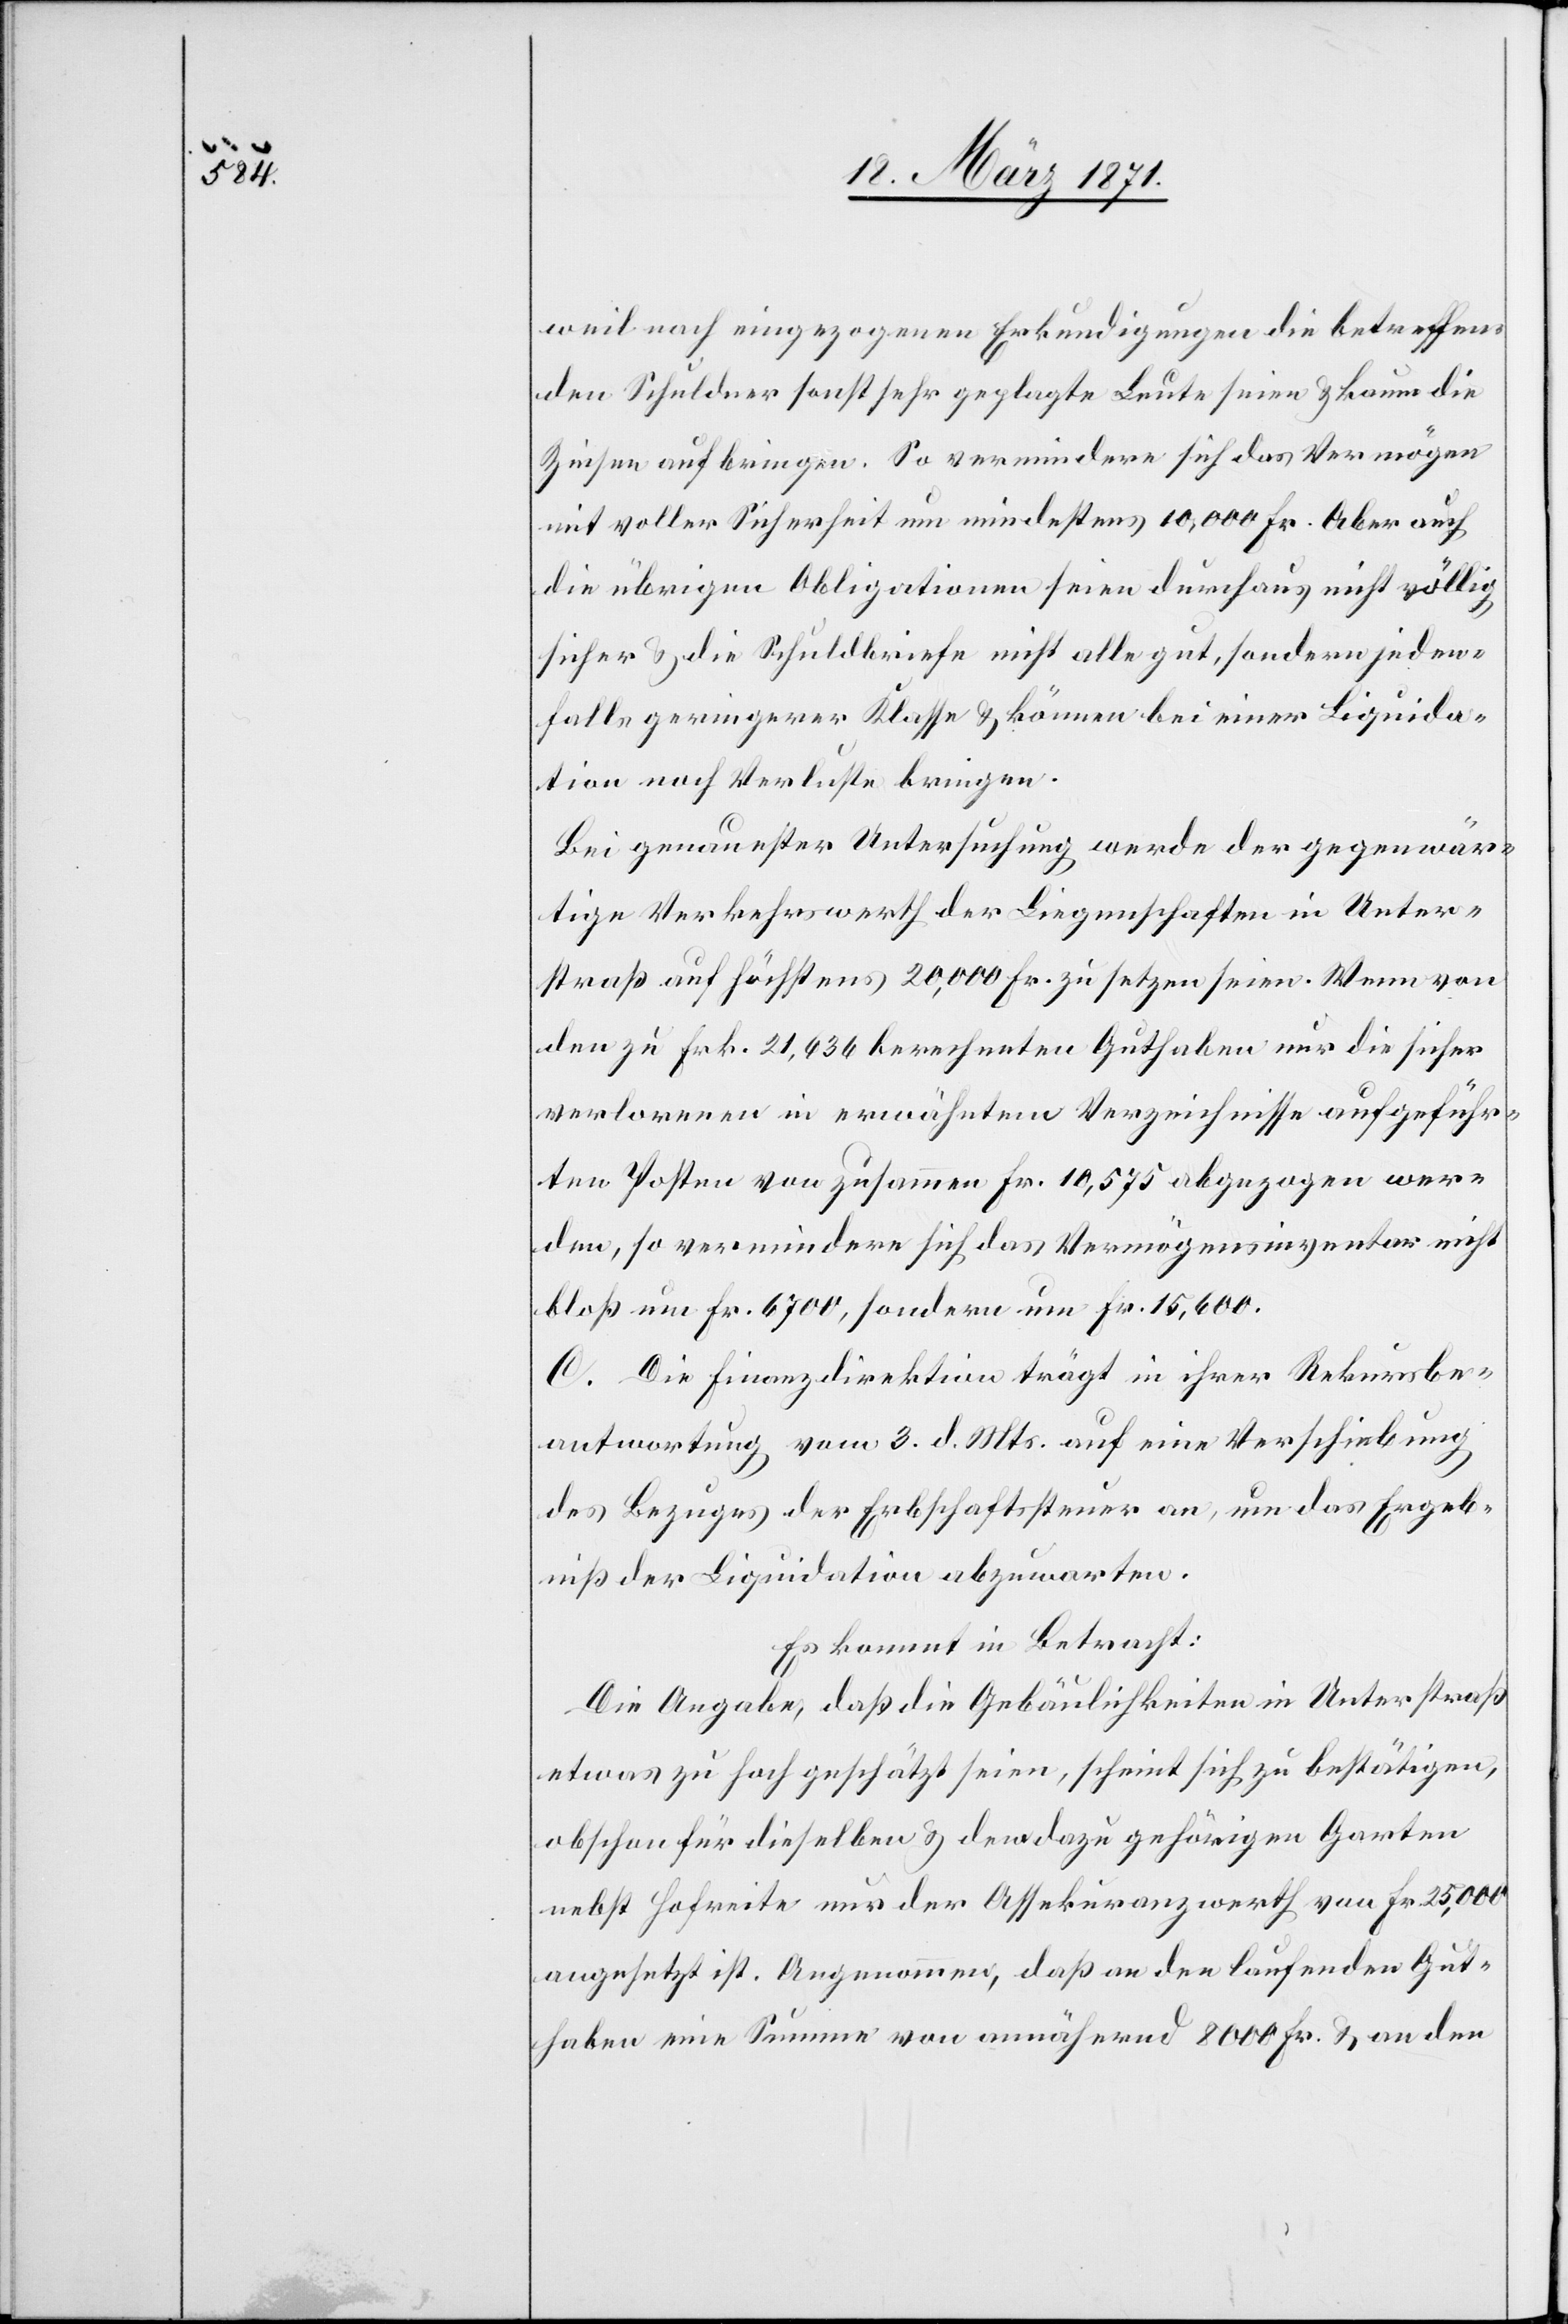
weil nach eingezogenen Erkundigungen die betreffen¬
den Schuldner sonst sehr geplagte Leute seien u. kaum die
Zinsen aufbringen. So vermindere sich das Vermögen
mit voller Sicherheit um mindestens 10,000 Fr. Aber auch
die übrigen Obligationen seien durchaus nicht völlig
sicher u. die Schuldbriefe nicht alle gut, sondern jeden¬
falls geringerer Klasse u. können bei einer Liquida¬
tion noch Verluste bringen.
Bei genauester Untersuchung werde der gegenwär¬
tige Verkehrswerth der Liegenschaften in Unter¬
straß auf höchstens 20,000 Fr. zu setzen seien [sic!]. Wenn von
den zu Frk. 21,636 berechneten Guthaben nur die sicher
verlorenen in erwähntem Verzeichnisse aufgeführ¬
ten Posten von zusammen Fr. 10,575 abgezogen wer¬
den, so vermindere sich das Vermögensinventar nicht
bloß um Fr. 6700, sondern um Fr. 15,600.
C. Die Finanzdirektion trägt in ihrer Rekursbe¬
antwortung vom 3. d. Mts. auf eine Verschiebung
des Bezuges der Erbschaftssteuer an, um das Ergeb¬
niß der Liquidation abzuwarten.
Es kommt in Betracht:
Die Angabe, daß die Gebäulichkeiten in Unterstraß
etwas zu hoch geschätzt seien, scheint sich zu bestätigen,
obschon für dieselben u. dem dazu gehörigen Garten
nebst Hofreite nur der Assekuranzwerth von Fr. 25,000
angesetzt ist. Angenommen, daß an den laufenden Gut¬
haben eine Summe von annähernd 8000 Fr. u. an den